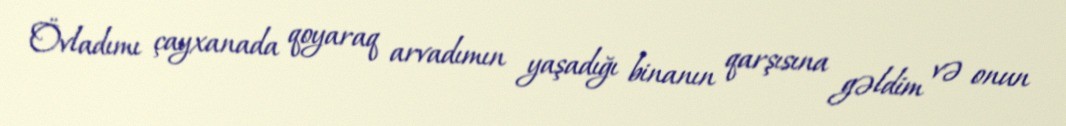
Övladımı çayxanada qoyaraq arvadımın yaşadığı binanın qarşısına gəldim və onun